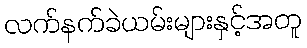
လက်နက်ခဲယမ်းများနှင့်အတူ